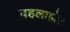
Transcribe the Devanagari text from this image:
वहलाहोर